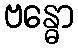
ဗန္ဓော